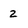
Character: 2